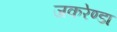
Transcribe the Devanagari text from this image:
जकरेण्डा